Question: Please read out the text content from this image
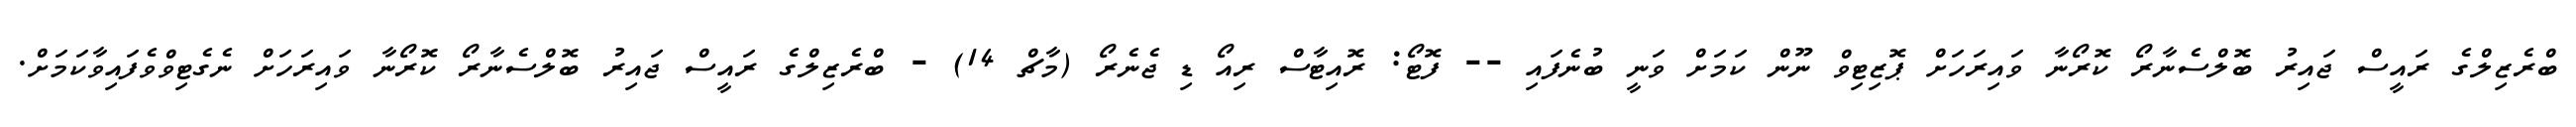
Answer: ބްރެޒިލްގެ ރައީސް ޖައިރު ބޮލްސެނާރޯ ކޮރޯނާ ވައިރަހަށް ޕޮޒިޓިވް ނޫން ކަމަށް ވަނީ ބުނެފައި -- ފޮޓޯ: ރޮއިޓާސް ރިއޯ ޑި ޖެނެރޯ (މާޗް 14) - ބްރެޒިލްގެ ރައީސް ޖައިރު ބޮލްސެނާރޯ ކޮރޯނާ ވައިރަހަށް ނެގެޓިވްވެފައިވާކަމަށް.